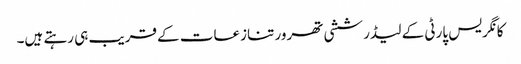
کانگریس پارٹی کے لیڈر ششی تھرور تنازعات کے قریب ہی رہتے ہیں۔